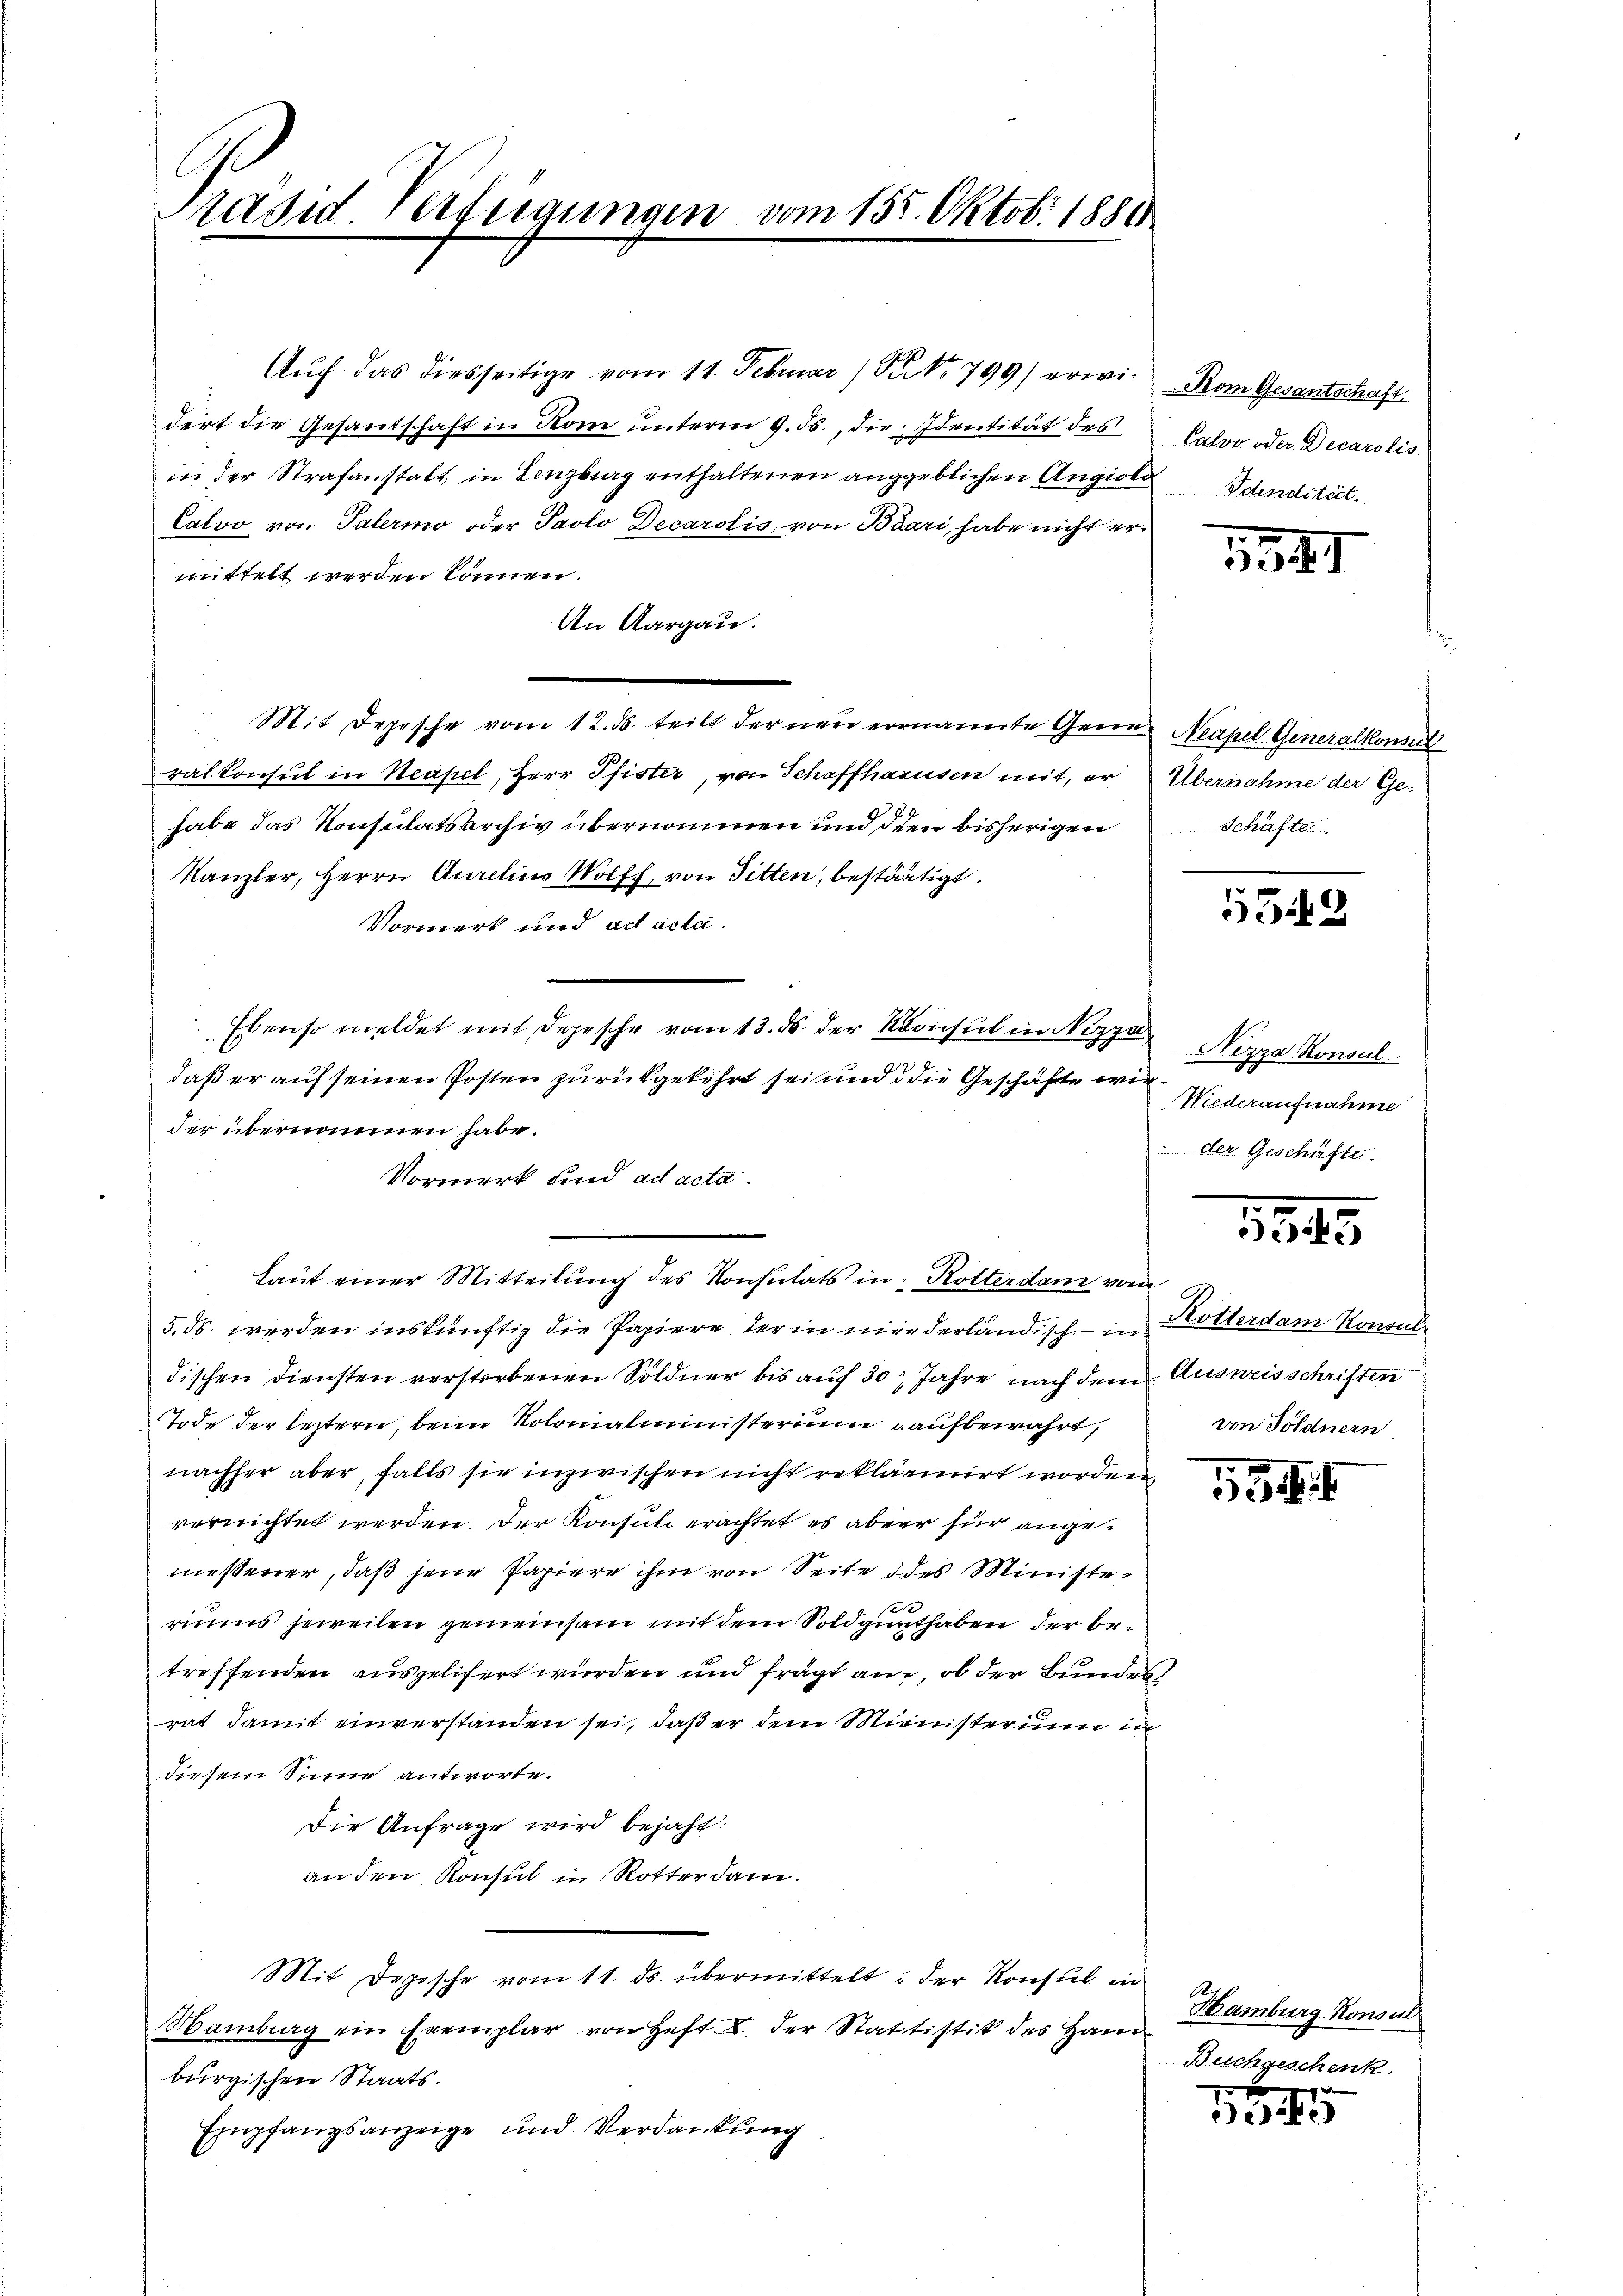
Auch das diesseitige vom 11. Februar / NNo. 799) erwidert die Gesantschaft in Rom unterm 9. Js., die Identität des
in der Strafanstalt in Lenzburg enthaltenen angeblichen Angiola
Calvo von Talermo oder Paolo Decarolis von Baari, habe nicht ermittelt werden können.
An Aargau.
ralkonsul in Neapel, Herr Pfister, von Schaffhausen mit, er Übernahme der Gehabe das Konsulatsarchiv übernommen und dien bisherigen
Kanzler, Herrn Aurelins Wolff, von Sitten, bestätigt.
Vormerk und ad acta.
Ebenso meldet mit Depesche vom 13. ds. der Konsul in Nizza
daß er auf seinen Posten zurückgekehrt sei und die Geschäfte wir
der übernommen habe.
Vormerk und ad acta.
5. ds. werden inskünftig die Papiere, der in niederländisch - in Kotterdam Sonnabe
Fischen Diensten verstorbenen Söldner bis auf 30 Jahre nach dem Ausweisschriften
Tode der leztern, beim Kolonialministerium aufbewahrt,
nachher aber, falls sie inzwischen nicht reklärinirt worden
vernichtet werden. Der Konsul erachtet es aber für angemießener, daß jene Papiere ihm von Seite des Ministeriums jeweilen gemeinsam mit dem Soldgenthaben der betreffenden ausgelifert wurden und frägt an, ob der Bundes
rat damit einverstanden sei, daß er dem Ministerium in
Diesem Sinne antworte.
Die Anfrage wird bejaht.
an den Konsul in Rotter dam
Mit Depische vom 11. ds. übermittelt: der Konstel in
Hamburg ein Exemplar von Heft I der Stattistik des Han-
burgischen Staats¬
Empfangsanzeige und Verdankung

Präsid. Verfügungen vom 135. Oktobr 1880

Mit Depesche vom 12. ds. teilt der neu ernannte Gene- Neapel Generalkonseit

Laut einer Mitteilung des Konsulats in Rotterdam von

Kom Gesantschaft
Calvo oder Decarolis
Idendität.

1381

Schäfte

5343

Nizza Konsul
Niederaufnahme
 der Geschäfte.

1545

von Söldnern

534 f

Hamburg Konsul
Buchgeschenk
1

15